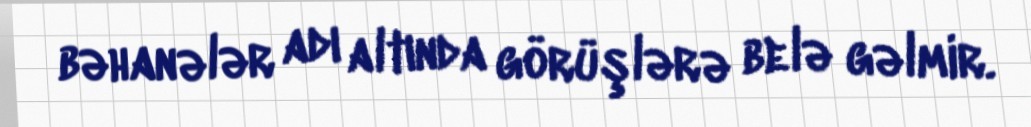
bəhanələr adı altında görüşlərə belə gəlmir.